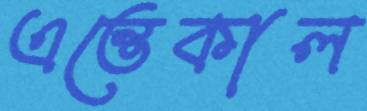
এন্তেকাল